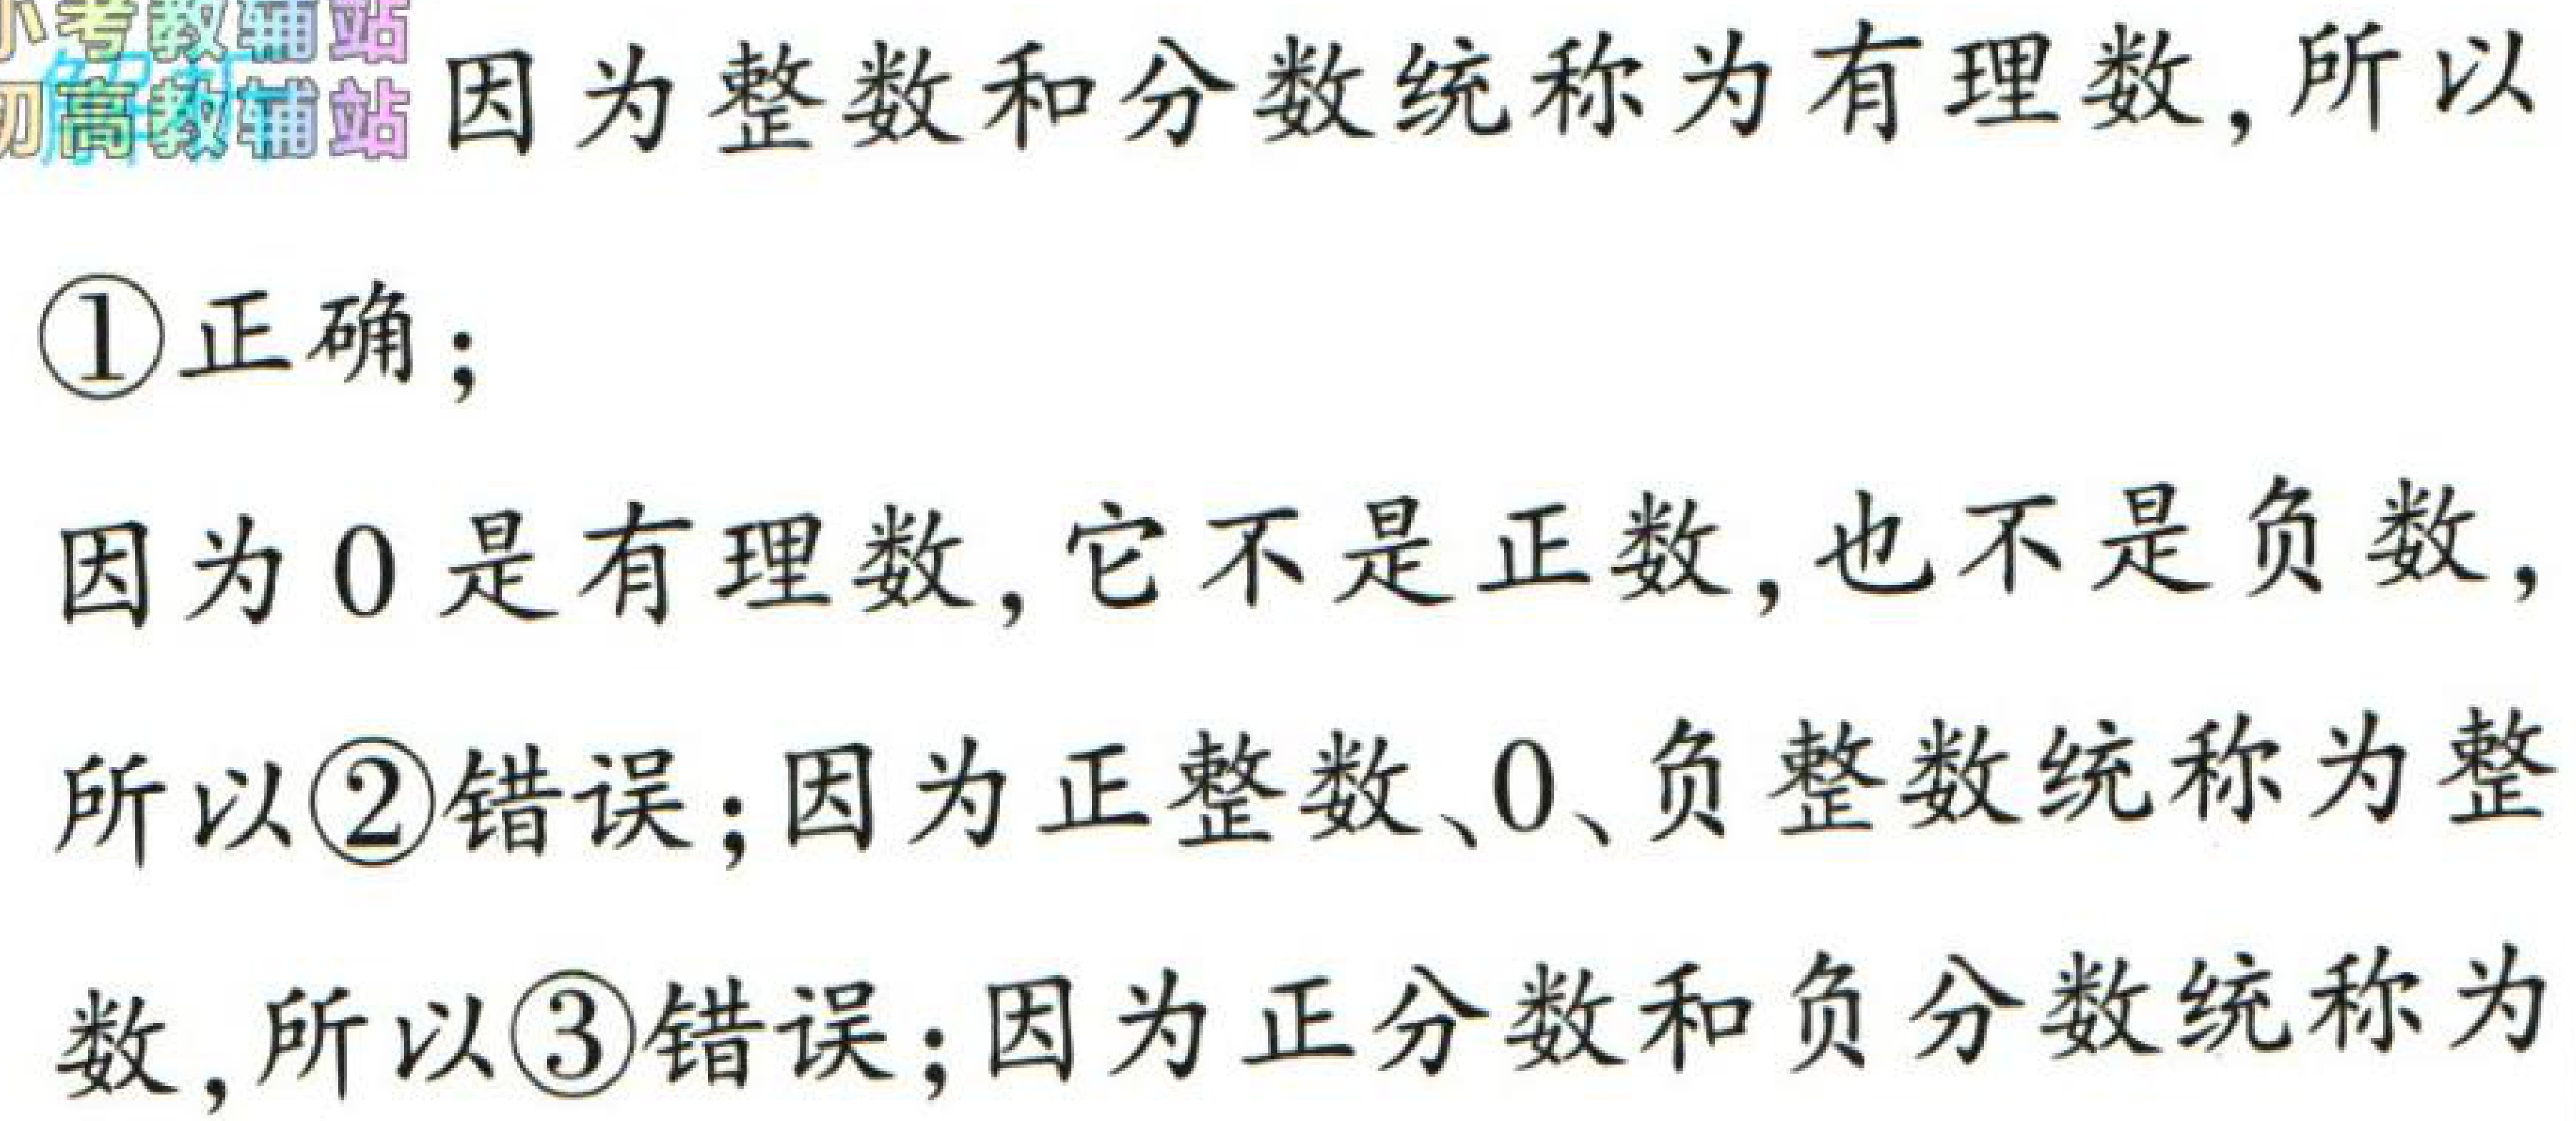
因为整数和分数统称为有理数, 所以

\textcircled{1}正确；

因为 \(0\) 是有理数, 它不是正数, 也不是负数,

所以\textcircled{2}错误；因为正整数、\(0\)、负整数统称为整

数, 所以\textcircled{3}错误；因为正分数和负分数统称为